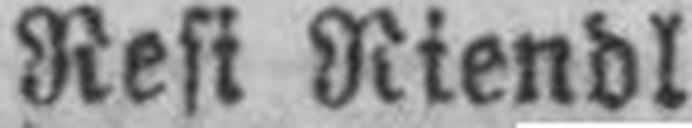
Resi Niendl